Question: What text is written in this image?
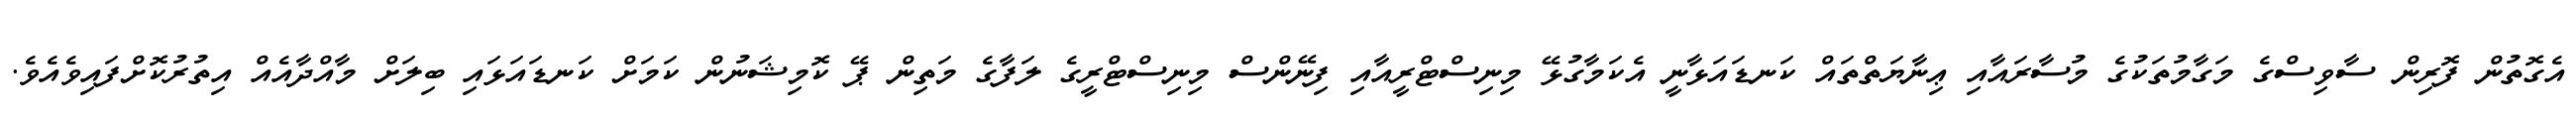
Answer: އެގޮތުން ފޮރިން ސާވިސްގެ މަގާމުތަކުގެ މުސާރައާއި ޢިނާޔަތްތައް ކަނޑައަޅާނީ އެކަމާގުޅޭ މިނިސްޓްރީއާއި ފިނޭންސް މިނިސްޓްރީގެ ލަފާގެ މަތިން ޕޭ ކޮމިޝަނުން ކަމަށް ކަނޑައަޅައި ބިލަށް މާއްދާއެއް އިތުރުކޮށްފައިވެއެވެ.